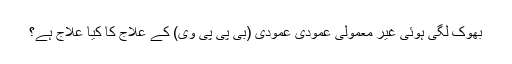
بھوک لگی ہوئی غیر معمولی عمودی عمودی (بی پی پی وی) کے علاج کا کیا علاج ہے؟